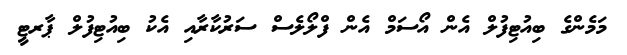
މަމެންގެ ބިއުޓިފުލް އެން އޯސަމް އެން ފްލޯލެސް ސަރުކާރާއި އެކު ބިއުޓިފުލް ޕާރޓީ